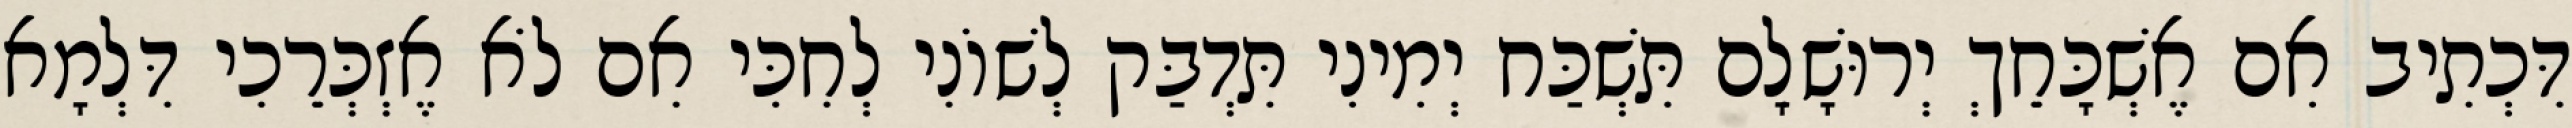
דִּכְתִיב אִם אֶשְׁכָּחֵךְ יְרוּשָׁלִָם תִּשְׁכַּח יְמִינִי תִּדְבַּק לְשׁוֹנִי לְחִכִּי אִם לֹא אֶזְכְּרֵכִי דִּלְמָא